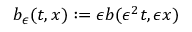
b _ { \epsilon } ( t , x ) : = \epsilon b ( \epsilon ^ { 2 } t , \epsilon x )